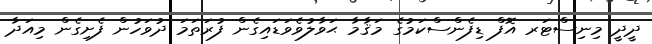
ދީދީ މިނިސްޓަރ އޮފް ޑިފެންސްކަމުގެ މަޤާމާ ޙަވާލުވެވަޑައިގެން ފުރަތަމަ ދުވަހުން ފެށިގެން މިއަދާ